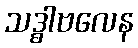
သဒ္ဓါဗလေန